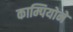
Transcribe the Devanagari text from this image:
काम्पियोने